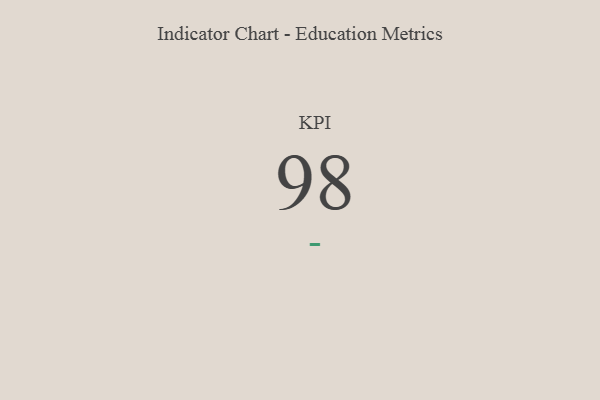
{"axis": {"x": "KPI", "y": "Value"}, "legend": [""], "data": [{"x": "KPI", "y": 98, "type": ""}]}